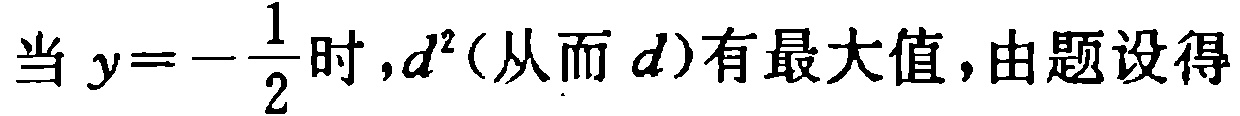
当 \(y = -\frac{1}{2}\) 时，\(d^{2}\)（从而 \(d\)）有最大值，由题设得